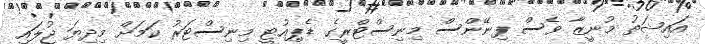
އައިޝަތު މުނީޒާ ވެސް ފިނޭންސް މިނިސްޓްރީގެ ޑެޕިއުޓީ މިނިސްޓަރު ކަމަށް މިދިޔަ ޖުލައި